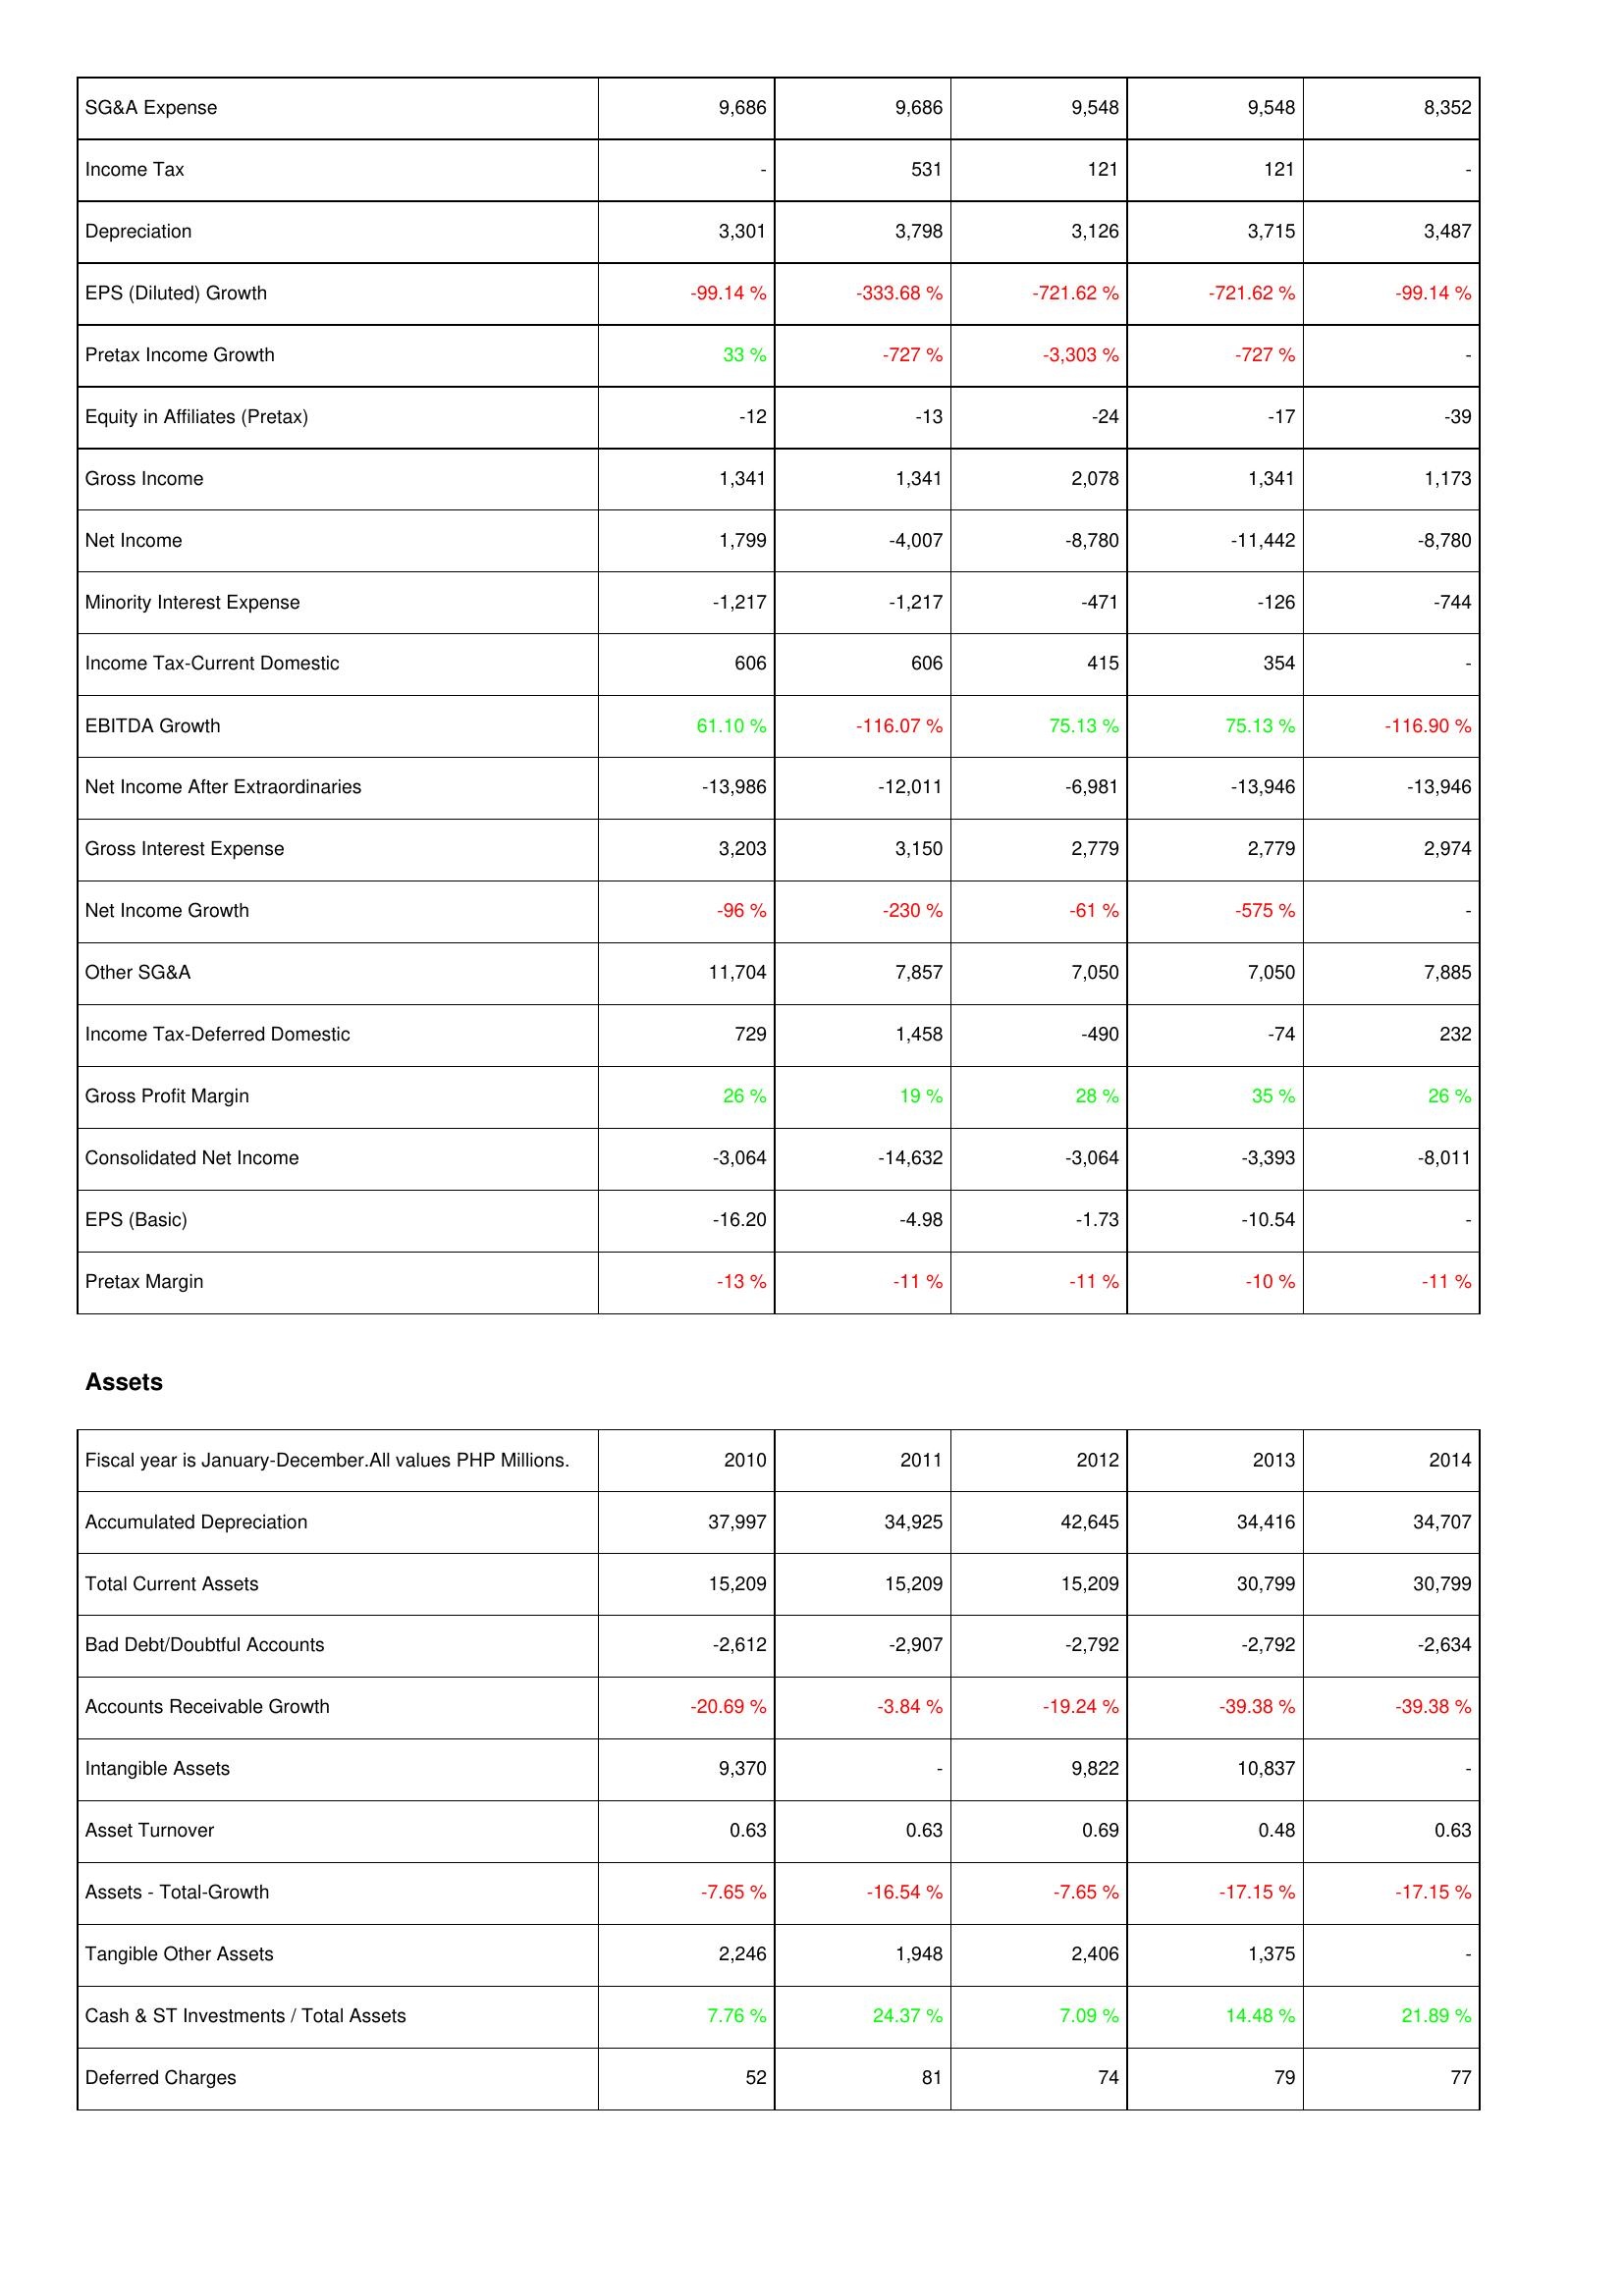
2010: Income Statement: SG&A Expense: 9,686
Income Tax: -
Depreciation: 3,301
EPS (Diluted) Growth: -99.14 %
Pretax Income Growth: 33 %
Equity in Affiliates (Pretax): -12
Gross Income: 1,341
Net Income: 1,799
Minority Interest Expense: -1,217
Income Tax-Current Domestic: 606
EBITDA Growth: 61.10 %
Net Income After Extraordinaries: -13,986
Gross Interest Expense: 3,203
Net Income Growth: -96 %
Other SG&A: 11,704
Income Tax-Deferred Domestic: 729
Gross Profit Margin: 26 %
Consolidated Net Income: -3,064
EPS (Basic): -16.20
Pretax Margin: -13 %
Assets: Accumulated Depreciation: 37,997
Total Current Assets: 15,209
Bad Debt/Doubtful Accounts: -2,612
Accounts Receivable Growth: -20.69 %
Intangible Assets: 9,370
Asset Turnover: 0.63
Assets - Total-Growth: -7.65 %
Tangible Other Assets: 2,246
Cash & ST Investments / Total Assets: 7.76 %
Deferred Charges: 52
2011: Income Statement: SG&A Expense: 9,686
Income Tax: 531
Depreciation: 3,798
EPS (Diluted) Growth: -333.68 %
Pretax Income Growth: -727 %
Equity in Affiliates (Pretax): -13
Gross Income: 1,341
Net Income: -4,007
Minority Interest Expense: -1,217
Income Tax-Current Domestic: 606
EBITDA Growth: -116.07 %
Net Income After Extraordinaries: -12,011
Gross Interest Expense: 3,150
Net Income Growth: -230 %
Other SG&A: 7,857
Income Tax-Deferred Domestic: 1,458
Gross Profit Margin: 19 %
Consolidated Net Income: -14,632
EPS (Basic): -4.98
Pretax Margin: -11 %
Assets: Accumulated Depreciation: 34,925
Total Current Assets: 15,209
Bad Debt/Doubtful Accounts: -2,907
Accounts Receivable Growth: -3.84 %
Intangible Assets: -
Asset Turnover: 0.63
Assets - Total-Growth: -16.54 %
Tangible Other Assets: 1,948
Cash & ST Investments / Total Assets: 24.37 %
Deferred Charges: 81
2012: Income Statement: SG&A Expense: 9,548
Income Tax: 121
Depreciation: 3,126
EPS (Diluted) Growth: -721.62 %
Pretax Income Growth: -3,303 %
Equity in Affiliates (Pretax): -24
Gross Income: 2,078
Net Income: -8,780
Minority Interest Expense: -471
Income Tax-Current Domestic: 415
EBITDA Growth: 75.13 %
Net Income After Extraordinaries: -6,981
Gross Interest Expense: 2,779
Net Income Growth: -61 %
Other SG&A: 7,050
Income Tax-Deferred Domestic: -490
Gross Profit Margin: 28 %
Consolidated Net Income: -3,064
EPS (Basic): -1.73
Pretax Margin: -11 %
Assets: Accumulated Depreciation: 42,645
Total Current Assets: 15,209
Bad Debt/Doubtful Accounts: -2,792
Accounts Receivable Growth: -19.24 %
Intangible Assets: 9,822
Asset Turnover: 0.69
Assets - Total-Growth: -7.65 %
Tangible Other Assets: 2,406
Cash & ST Investments / Total Assets: 7.09 %
Deferred Charges: 74
2013: Income Statement: SG&A Expense: 9,548
Income Tax: 121
Depreciation: 3,715
EPS (Diluted) Growth: -721.62 %
Pretax Income Growth: -727 %
Equity in Affiliates (Pretax): -17
Gross Income: 1,341
Net Income: -11,442
Minority Interest Expense: -126
Income Tax-Current Domestic: 354
EBITDA Growth: 75.13 %
Net Income After Extraordinaries: -13,946
Gross Interest Expense: 2,779
Net Income Growth: -575 %
Other SG&A: 7,050
Income Tax-Deferred Domestic: -74
Gross Profit Margin: 35 %
Consolidated Net Income: -3,393
EPS (Basic): -10.54
Pretax Margin: -10 %
Assets: Accumulated Depreciation: 34,416
Total Current Assets: 30,799
Bad Debt/Doubtful Accounts: -2,792
Accounts Receivable Growth: -39.38 %
Intangible Assets: 10,837
Asset Turnover: 0.48
Assets - Total-Growth: -17.15 %
Tangible Other Assets: 1,375
Cash & ST Investments / Total Assets: 14.48 %
Deferred Charges: 79
2014: Income Statement: SG&A Expense: 8,352
Income Tax: -
Depreciation: 3,487
EPS (Diluted) Growth: -99.14 %
Pretax Income Growth: -
Equity in Affiliates (Pretax): -39
Gross Income: 1,173
Net Income: -8,780
Minority Interest Expense: -744
Income Tax-Current Domestic: -
EBITDA Growth: -116.90 %
Net Income After Extraordinaries: -13,946
Gross Interest Expense: 2,974
Net Income Growth: -
Other SG&A: 7,885
Income Tax-Deferred Domestic: 232
Gross Profit Margin: 26 %
Consolidated Net Income: -8,011
EPS (Basic): -
Pretax Margin: -11 %
Assets: Accumulated Depreciation: 34,707
Total Current Assets: 30,799
Bad Debt/Doubtful Accounts: -2,634
Accounts Receivable Growth: -39.38 %
Intangible Assets: -
Asset Turnover: 0.63
Assets - Total-Growth: -17.15 %
Tangible Other Assets: -
Cash & ST Investments / Total Assets: 21.89 %
Deferred Charges: 77